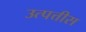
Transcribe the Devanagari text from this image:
उत्पत्तीस